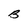
Character: B